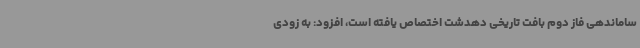
ساماندهی فاز دوم بافت تاریخی دهدشت اختصاص یافته است، افزود: به زودی